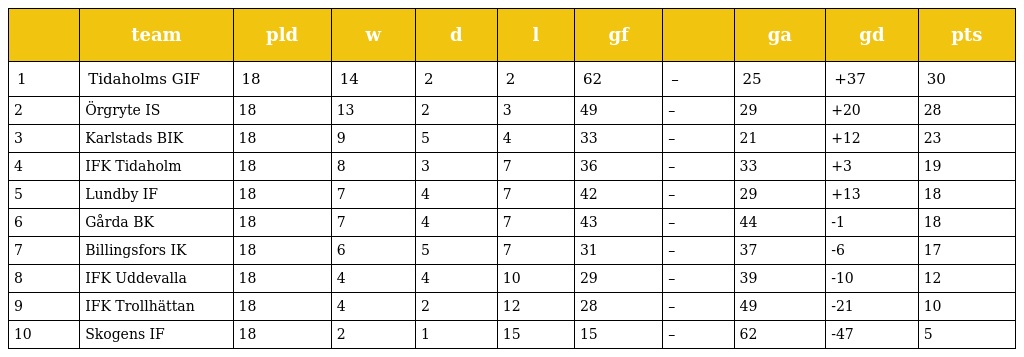
|  | team | pld | w | d | l | gf |  | ga | gd | pts |
 | --- | --- | --- | --- | --- | --- | --- | --- | --- | --- | --- |
 | 1 | Tidaholms GIF | 18 | 14 | 2 | 2 | 62 | – | 25 | +37 | 30 |
 | 2 | Örgryte IS | 18 | 13 | 2 | 3 | 49 | – | 29 | +20 | 28 |
 | 3 | Karlstads BIK | 18 | 9 | 5 | 4 | 33 | – | 21 | +12 | 23 |
 | 4 | IFK Tidaholm | 18 | 8 | 3 | 7 | 36 | – | 33 | +3 | 19 |
 | 5 | Lundby IF | 18 | 7 | 4 | 7 | 42 | – | 29 | +13 | 18 |
 | 6 | Gårda BK | 18 | 7 | 4 | 7 | 43 | – | 44 | -1 | 18 |
 | 7 | Billingsfors IK | 18 | 6 | 5 | 7 | 31 | – | 37 | -6 | 17 |
 | 8 | IFK Uddevalla | 18 | 4 | 4 | 10 | 29 | – | 39 | -10 | 12 |
 | 9 | IFK Trollhättan | 18 | 4 | 2 | 12 | 28 | – | 49 | -21 | 10 |
 | 10 | Skogens IF | 18 | 2 | 1 | 15 | 15 | – | 62 | -47 | 5 |